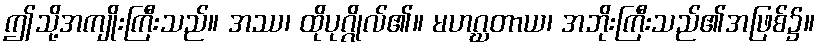
ဤသို့အကျိုးကြီးသည်။ အဿ၊ ထိုပုဂ္ဂိုလ်၏။ မဟဂ္ဃတာယ၊ အဘိုးကြီးသည်၏အဖြစ်၌။